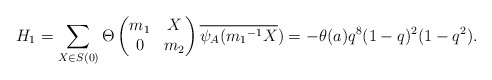
\begin{align*} H_1=\sum_{X \in S(0)}\Theta \begin{pmatrix} m_1 & X\\ 0 & m_2\end{pmatrix}\overline{\psi_A({m_1}^{-1}X})=-\theta(a)q^8(1-q)^2(1-q^2).\end{align*}